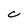
Character: C